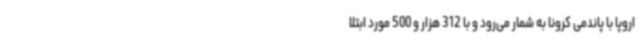
اروپا با پاندمی کرونا به شمار می‌رود و با 312 هزار و 500 مورد ابتلا